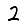
Digit: 2